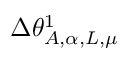
\Delta \theta _ { A , \alpha , L , \mu } ^ { 1 }